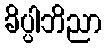
ခိပ္ပါဘိညာ